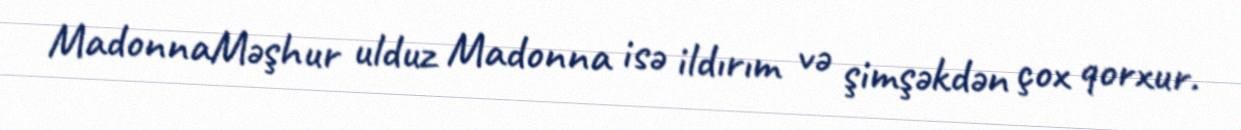
MadonnaMəşhur ulduz Madonna isə ildırım və şimşəkdən çox qorxur.